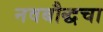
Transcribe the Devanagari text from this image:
नवबौद्धचा